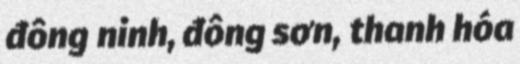
đông ninh, đông sơn, thanh hóa